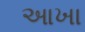
આખા